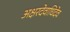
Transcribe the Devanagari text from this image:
अक्षरदेवाधिदेव